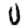
Digit: 0